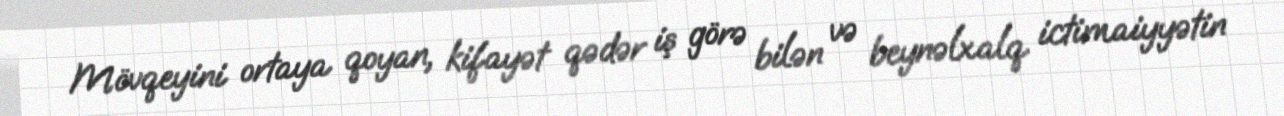
Mövqeyini ortaya qoyan, kifayət qədər iş görə bilən və beynəlxalq ictimaiyyətin